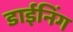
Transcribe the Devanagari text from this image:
डाईनिंग